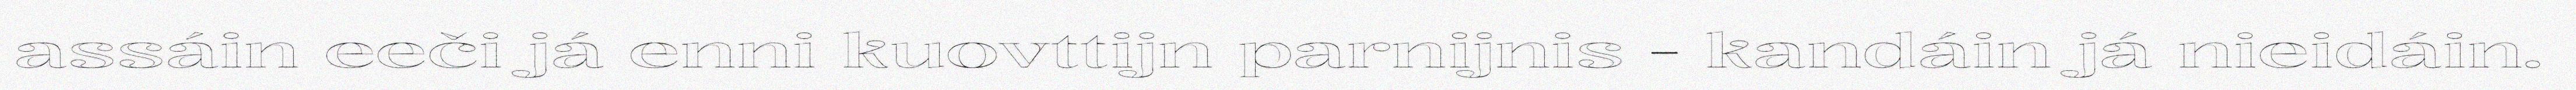
assáin eeči já enni kuovttijn parnijnis - kandáin já nieidáin.